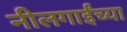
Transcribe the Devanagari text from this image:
नीलगाईंच्या